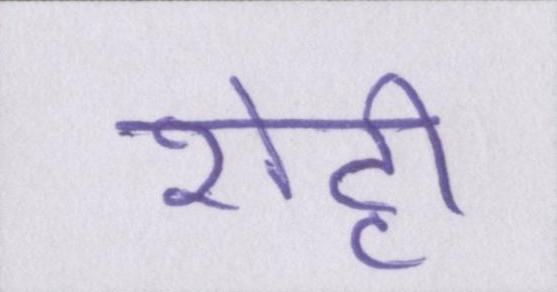
शेट्टी